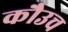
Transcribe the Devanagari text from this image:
कौउच